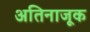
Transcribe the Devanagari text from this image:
अतिनाजूक